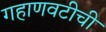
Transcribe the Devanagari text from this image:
गहाणवटीची